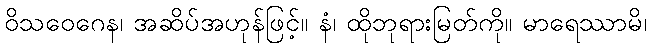
ဝိသဝေဂေန၊ အဆိပ်အဟုန်ဖြင့်။ နံ၊ ထိုဘုရားမြတ်ကို။ မာရေဿာမိ၊